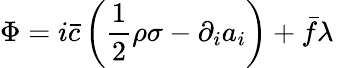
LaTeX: \Phi=i\bar{c}\left(\frac{1}{2}\rho\sigma-\partial_{i}a_{i}\right)+\bar{f}\lambda\;